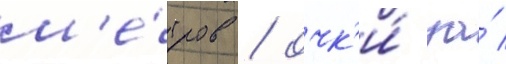
м'е́тров / очк'и́ за́